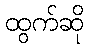
ထွက်ဆို